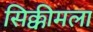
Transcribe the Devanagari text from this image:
सिक्कीमला